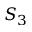
S _ { 3 }